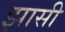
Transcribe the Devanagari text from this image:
झासी